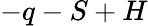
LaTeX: -q-S+H